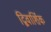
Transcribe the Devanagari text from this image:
द्विवार्शिक